Leaving Certificate Examination, 1910
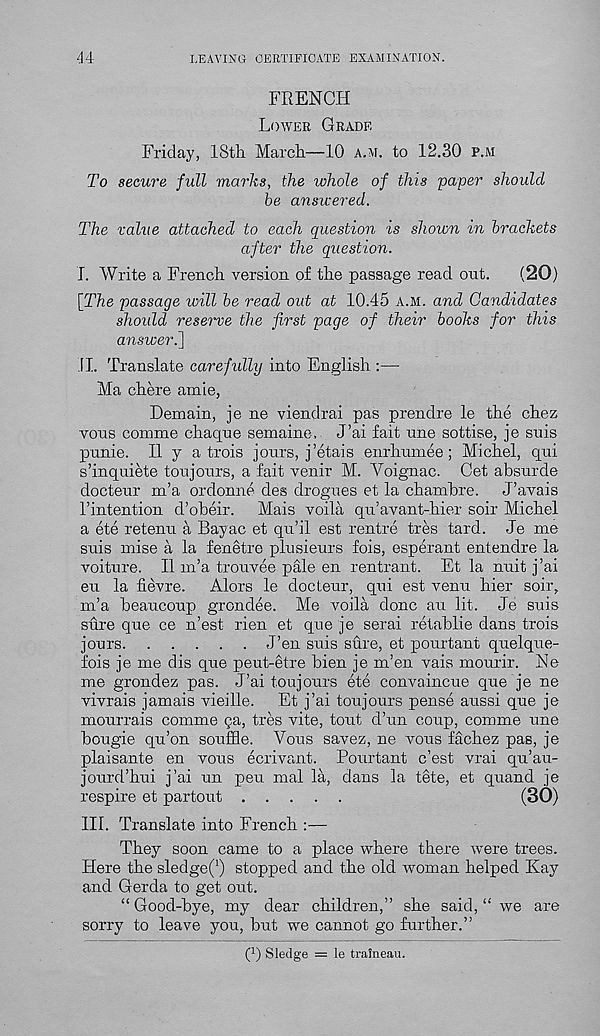
44
LEAVING CERTIFICATE EXAMINATION.
FRENCH
Lower Grade
Friday, IStli March.—10 A.At. to 12.30 p.m
To secure full marks, the whole of this paper should
be answered.
The value attached to each question is shown in brackets
after the question.
I. Write a French version of the passage read out.
(20)
\The passage will be read out at 10.45 a.m. and Candidates
shoidd reserve the first page of their books for this
answer.]
II. Translate carefully into English :—
Ma chere amie,
Demain, je ne viendrai pas prendre le the chez
vous comme chaque semaine. J’ai fait une sottise, je suis
punie. II y a trois jours, j’etais enrhumee ; Michel, qui
s’inquiete toujours, a fait venir M. Voignac. Get absurde
docteur m’a ordonne des drogues et la chambre. J’avais
I’intention d’obeir. Mais voila qu’avant-hier soir Michel
a ete retenu a Bayac et qu’il est rentre tres tard. Je me
suis mise a la fenetre plusieurs fois, esperant entendre la
voiture. II m’a trouvee pale en rentrant. Et la nuit j’ai
eu la fievre.
Alors le docteur, qui est venu bier soir,
m’a heaucoup grondee. Me voila done au lit. Je suis
sure que ce n’est rien et que je serai retablie dans trois
jours
J’en suis sure, et pourtant quelque-
fois je me dis que peut-etre bien je m’en vais mourir. Ne
me grondez pas. J’ai toujours ete convaincue que je ne
vivrais jamais vieille.
Et j’ai toujours pense aussi que je
mourrais comme ga, tres vite, tout d’un coup, comme une
bougie qu’on souffle. Vous savez, ne vous fachez pas, je
plaisante en vous ecrivant. Pourtant e’est vrai qu’au-
jourd’hui j’ai un peu mal la, dans la tete, et quand je
respire et partout
(30)
III. Translate into French :—
They soon came to a place where there were trees.
Here the sledge(‘) stopped and the old woman helped Kay
and Gerda to get out.
“ Good-bye, my dear children,” she said, “ we are
sorry to leave you, but we cannot go further.”
( 1 ) Sledge = le tralneau.